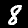
Digit: 8